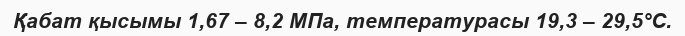
Қабат қысымы 1,67 – 8,2 МПа, температурасы 19,3 – 29,5°С.